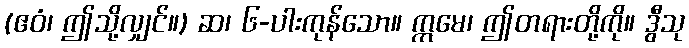
(ဧဝံ၊ ဤသို့လျှင်။) ဆ၊ ၆-ပါးကုန်သော။ ဣမေ၊ ဤတရားတို့ကို။ ဒွီသု